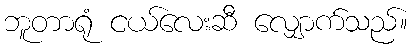
ဘူတာရုံ ငယ်လေးဆီ လျှောက်သည်။